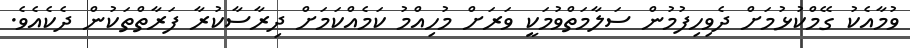
ވުމާއެކު ގޭމްކުޅުމަށް ދެވިހިފުމުން ސަލާމަތްވުމަކީ ވަރަށް މުހިއްމު ކަމެއްކަމަށް ދިރާސާކުރާ ފަރާތްތަކުން ދެކެއެވެ.